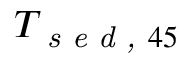
T _ { \textit { s e d , } 4 5 }